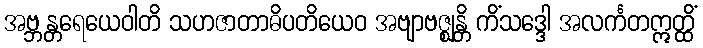
အဗ္ဘန္တရေယေဝါတိ သဟဇာတာဓိပတိယေဝ အဗျာဗဇ္ဈန္တိ ကိံသဒ္ဒေါ အလင်္ကတဣတ္ထိံ